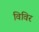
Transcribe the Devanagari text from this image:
विविर